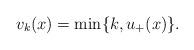
LaTeX: \begin{align*} v_k(x)=\min\{k,u_+(x)\}. \end{align*}